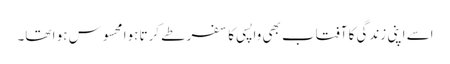
اسے اپنی زندگی کا آفتاب بھی واپسی کا سفر طے کرتا ہوا محسوس ہو ا تھا۔